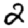
Digit: 2